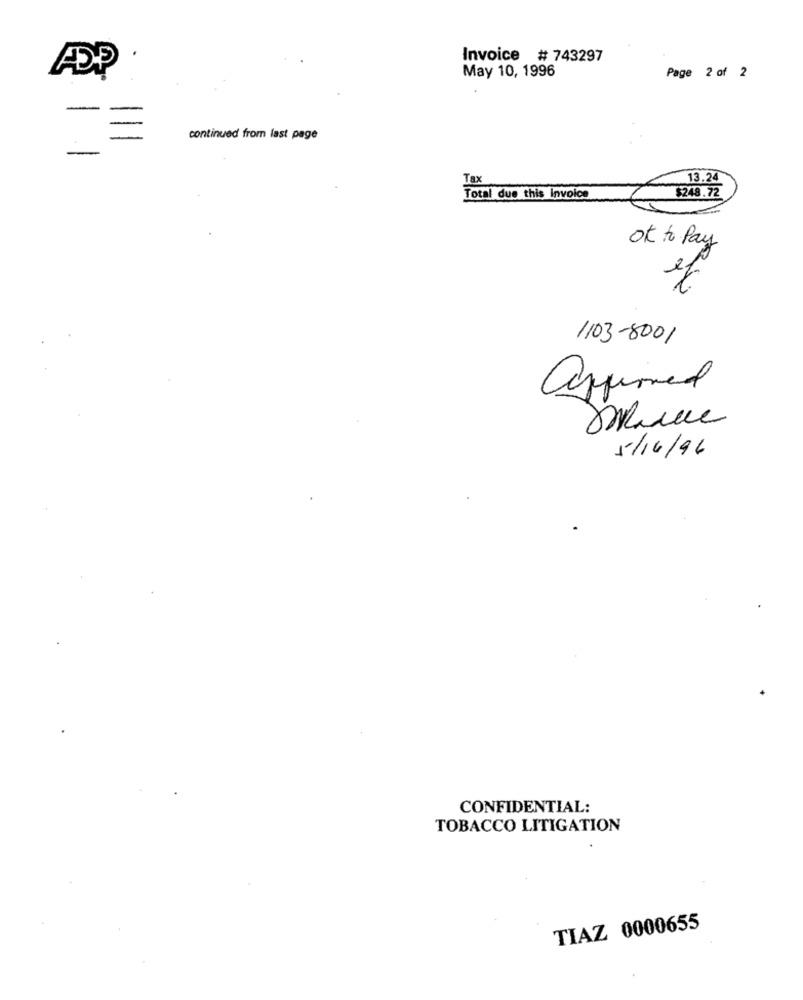
Invoice # 743297
May 10, 1996
Page 2 of 2
-
continued from last page
Tax
13.24
Total due this invoice
$248.72
OK to Pay
1103-8001
approved
5/16/96
CONFIDENTIAL:
TOBACCO LITIGATION
TIAZ 0000655